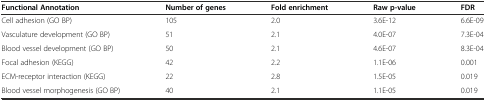
| Functional Annotation | Number of genes | Fold enrichment | Raw p-value | FDR |
 | --- | --- | --- | --- | --- |
 | Cell adhesion (GO BP) | 105 | 2.0 | 3.6E-12 | 6.6E-09 |
 | Vasculature development (GO BP) | 51 | 2.1 | 4.0E-07 | 7.3E-04 |
 | Blood vessel development (GO BP) | 50 | 2.1 | 4.6E-07 | 8.3E-04 |
 | Focal adhesion (KEGG) | 42 | 2.2 | 1.1E-06 | 0.001 |
 | ECM-receptor interaction (KEGG) | 22 | 2.8 | 1.5E-05 | 0.019 |
 | Blood vessel morphogenesis (GO BP) | 40 | 2.1 | 1.1E-05 | 0.019 |